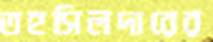
তহসিলদারের